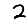
Digit: 2